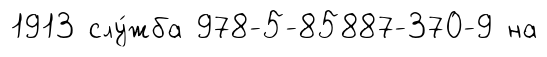
1913 слу́жба 978-5-85887-370-9 на